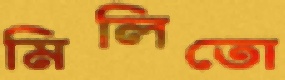
মিলিতো